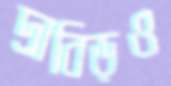
দ্রাবিড়ও